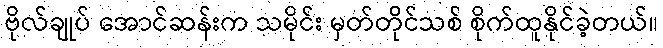
ဗိုလ်ချုပ် အောင်ဆန်းက သမိုင်း မှတ်တိုင်သစ် စိုက်ထူနိုင်ခဲ့တယ်။